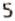
5